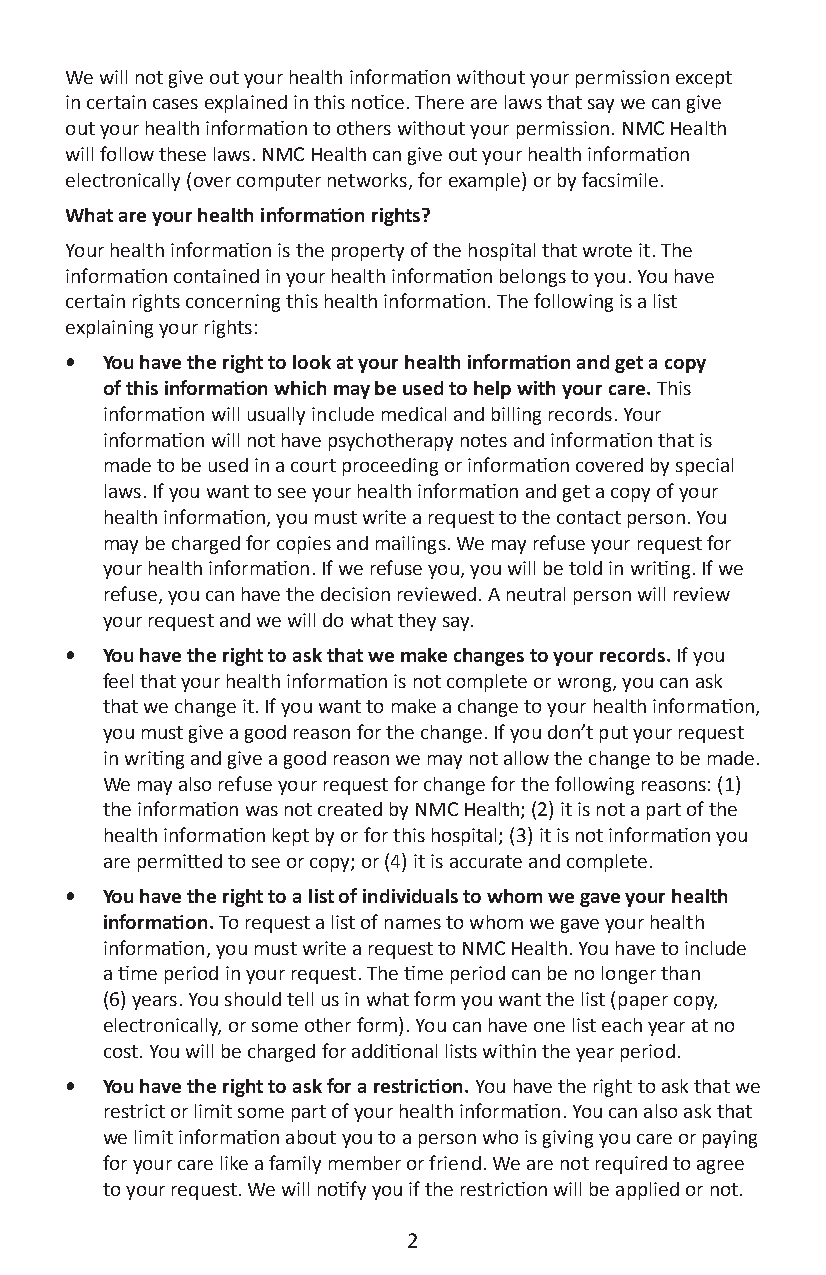
We will not give out your health information without your permission except
 in certain cases explained in this notice. There are laws that say we can give
 out your health information to others without your permission. NMC Health
 will follow these laws. NMC Health can give out your health information
 electronically (over computer networks, for example) or by facsimile.
 What are your health information rights?
 Your health information is the property of the hospital that wrote it. The
 information contained in your health information belongs to you. You have
 certain rights concerning this health information. The following is a list
 explaining your rights:
 •  You have the right to look at your health information and get a copy
 of this information which may be used to help with your care. This
 information will usually include medical and billing records. Your
 information will not have psychotherapy notes and information that is
 made to be used in a court proceeding or information covered by special
 laws. If you want to see your health information and get a copy of your
 health information, you must write a request to the contact person. You
 may be charged for copies and mailings. We may refuse your request for
 your health information. If we refuse you, you will be told in writing. If we
 refuse, you can have the decision reviewed. A neutral person will review
 your request and we will do what they say.
 •  You have the right to ask that we make changes to your records. If you
 feel that your health information is not complete or wrong, you can ask
 that we change it. If you want to make a change to your health information,
 you must give a good reason for the change. If you don’t put your request
 in writing and give a good reason we may not allow the change to be made.
 We may also refuse your request for change for the following reasons: (1)
 the information was not created by NMC Health; (2) it is not a part of the
 health information kept by or for this hospital; (3) it is not information you
 are permitted to see or copy; or (4) it is accurate and complete.
 •  You have the right to a list of individuals to whom we gave your health
 information. To request a list of names to whom we gave your health
 information, you must write a request to NMC Health. You have to include
 a time period in your request. The time period can be no longer than
 (6) years. You should tell us in what form you want the list (paper copy,
 electronically, or some other form). You can have one list each year at no
 cost. You will be charged for additional lists within the year period.
 •  You have the right to ask for a restriction. You have the right to ask that we
 restrict or limit some part of your health information. You can also ask that
 we limit information about you to a person who is giving you care or paying
 for your care like a family member or friend. We are not required to agree
 to your request. We will notify you if the restriction will be applied or not.
 2